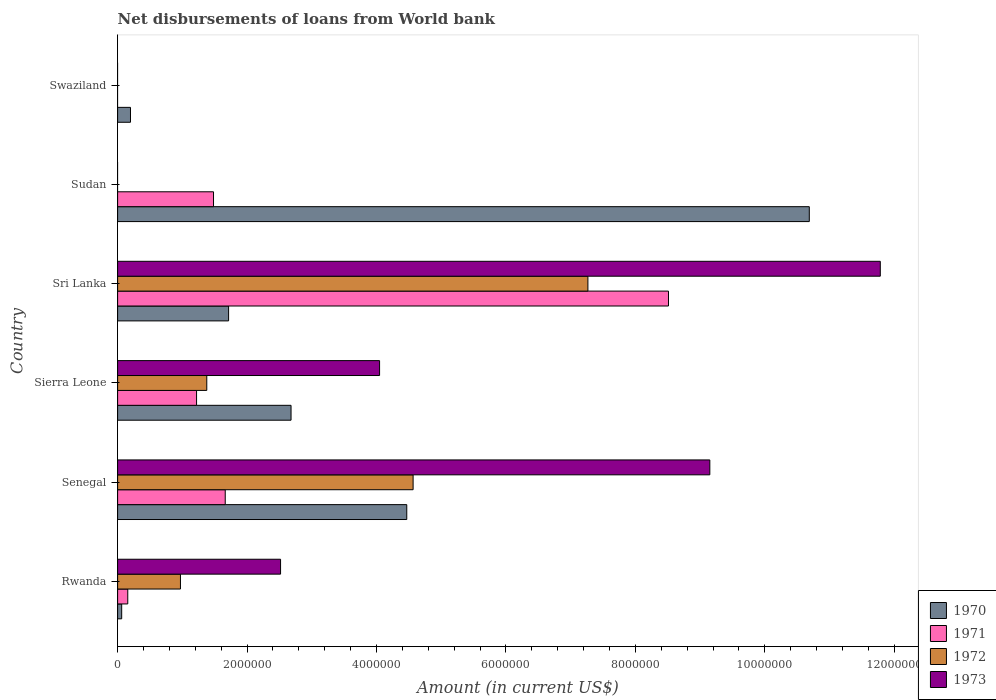
| Country | 1970 | 1971 | 1972 | 1973 |
 | --- | --- | --- | --- | --- |
 | Rwanda | 6.3e+04 | 1.57e+05 | 9.71e+05 | 2.52e+06 |
 | Senegal | 4.47e+06 | 1.66e+06 | 4.57e+06 | 9.15e+06 |
 | Sierra Leone | 2.68e+06 | 1.22e+06 | 1.38e+06 | 4.05e+06 |
 | Sri Lanka | 1.72e+06 | 8.51e+06 | 7.27e+06 | 1.18e+07 |
 | Sudan | 1.07e+07 | 1.48e+06 | -1.12e+06 | -2.6e+06 |
 | Swaziland | 1.99e+05 | -2.95e+05 | -3.44e+05 | -3.62e+05 |